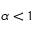
\alpha < 1